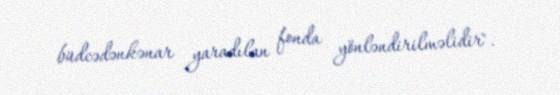
büdcədənkənar yaradılan fonda yönləndirilməlidir".